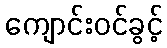
ကျောင်းဝင်ခွင့်